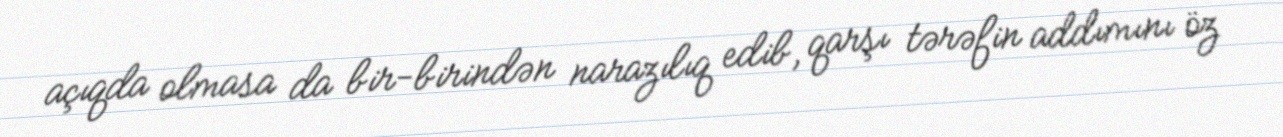
açıqda olmasa da bir-birindən narazılıq edib, qarşı tərəfin addımını öz